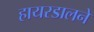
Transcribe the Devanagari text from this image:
हायरडालने